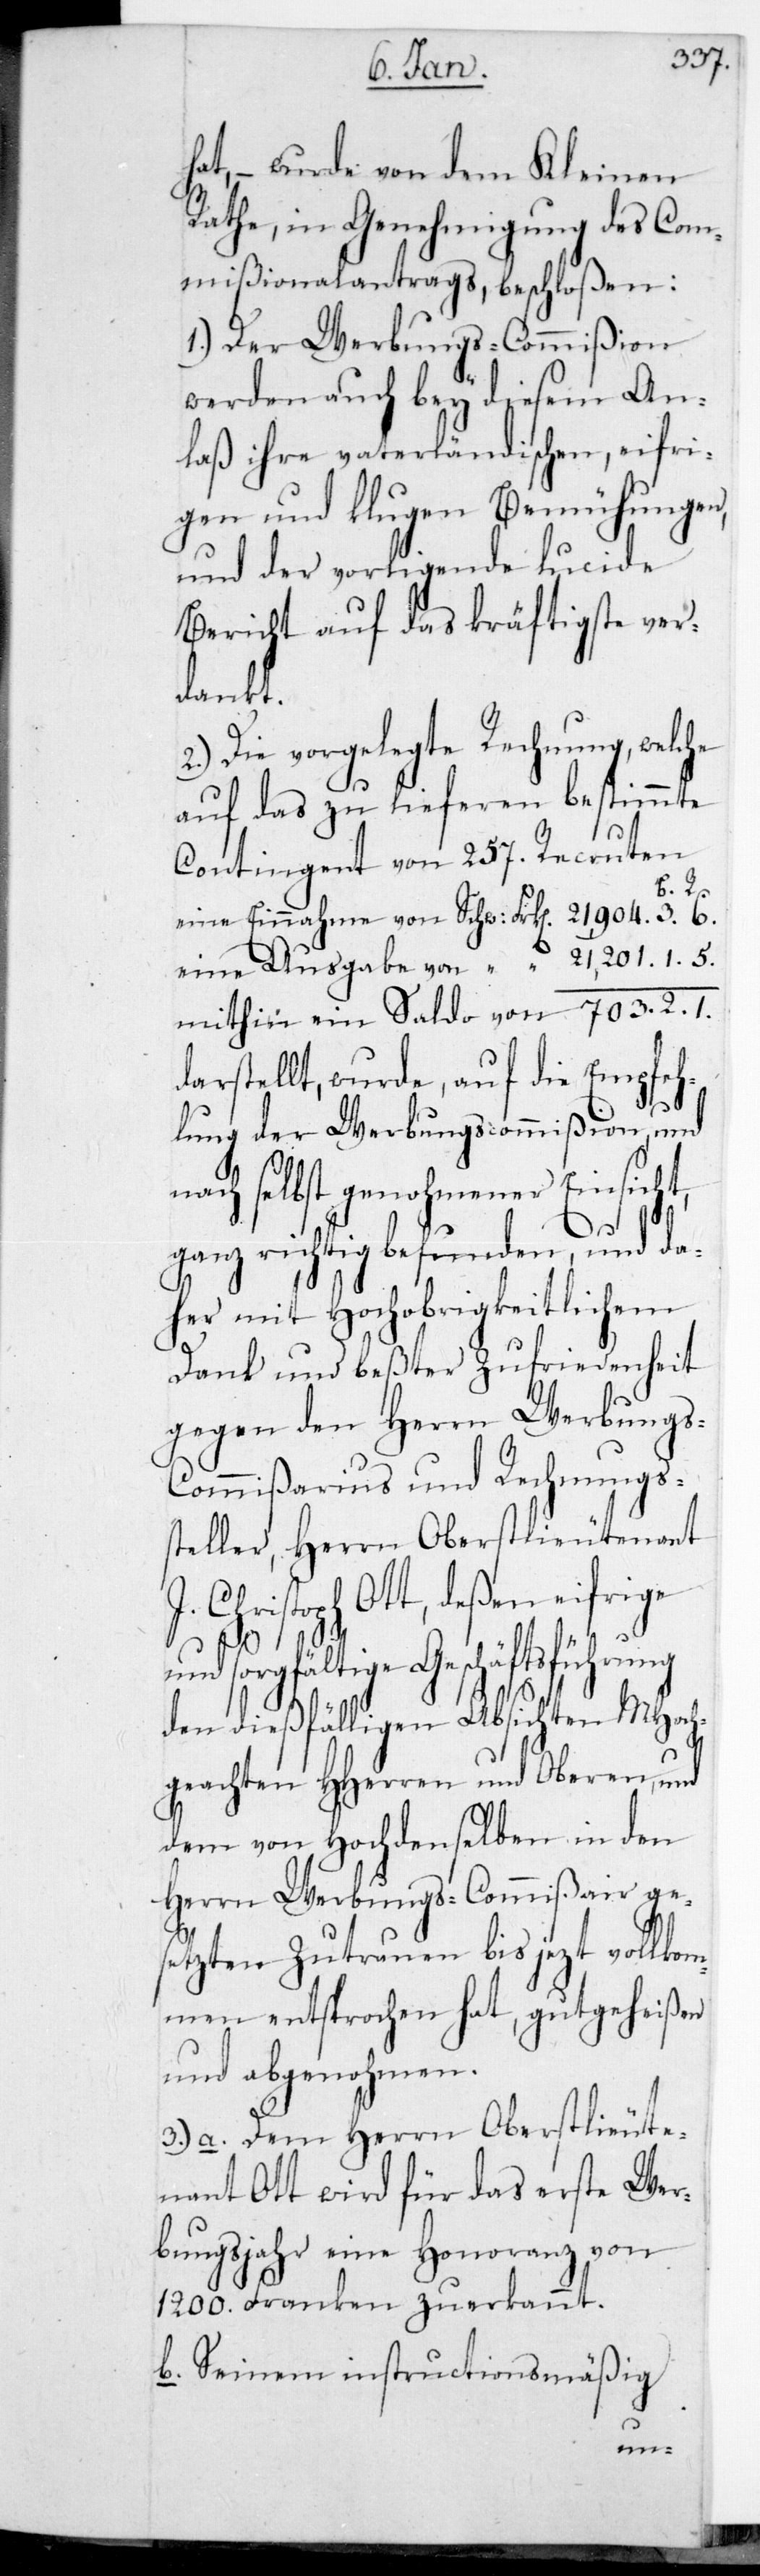
hat, – wurde von dem Kleinen
Rathe, in Genehmigung des Com¬
mißionalantrags, beschloßen:
1.) Der Werbungscommißion
werden auch bey diesem An¬
laß ihre vaterländischen, eifri¬
gen und klugen Bemühungen,
und der vorliegende lucide
Bericht auf das kräftigste ver¬
dankt.
2.) Die vorgelegte Rechnung, welche
auf das zu lieferen bestimmte
Contingent von 257. Recruten
J. Ch¬
eine Einnahme von Schw: Frk[en] 21,904. 3. B.
eine Ausgabe von “ 21,201. 1. 5.
mithin ein Saldo von 703. 2. 1.
darstellt, wurde auf die Empfeh¬
lung der Werbungscommißion und
nach selbst genohmener Einsicht,
ganz richtig befunden und da¬
her mit Hochobrigkeitlichem
Dank und bester Zufriedenheit
gegen den Herrn Werbungs-C¬
ommißarius und Rechnungs¬
steller, Herrn Oberstlieutenant
ristoph Ott, deßen eifrige
und sorgfältige Geschäftsführung
den dießfälligen Absichten MHoc¬
hgeachten HHerren und Oberen, und
dem von Hochdemselben in den
Herrn Werbungs-Commißair ges¬
etzten Zutrauen bis jetzt vollko¬
mmen entsprochen hat, gutgeheißen
und abgenohmen.
3.) a. Dem Herrn Oberstlieute¬
nant Ott wird für das erste Wer¬
bungsjahr eine Honoranz von
1200. Franken zuerkannt.
b. Seinem instructionsmäßig